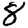
Digit: 8